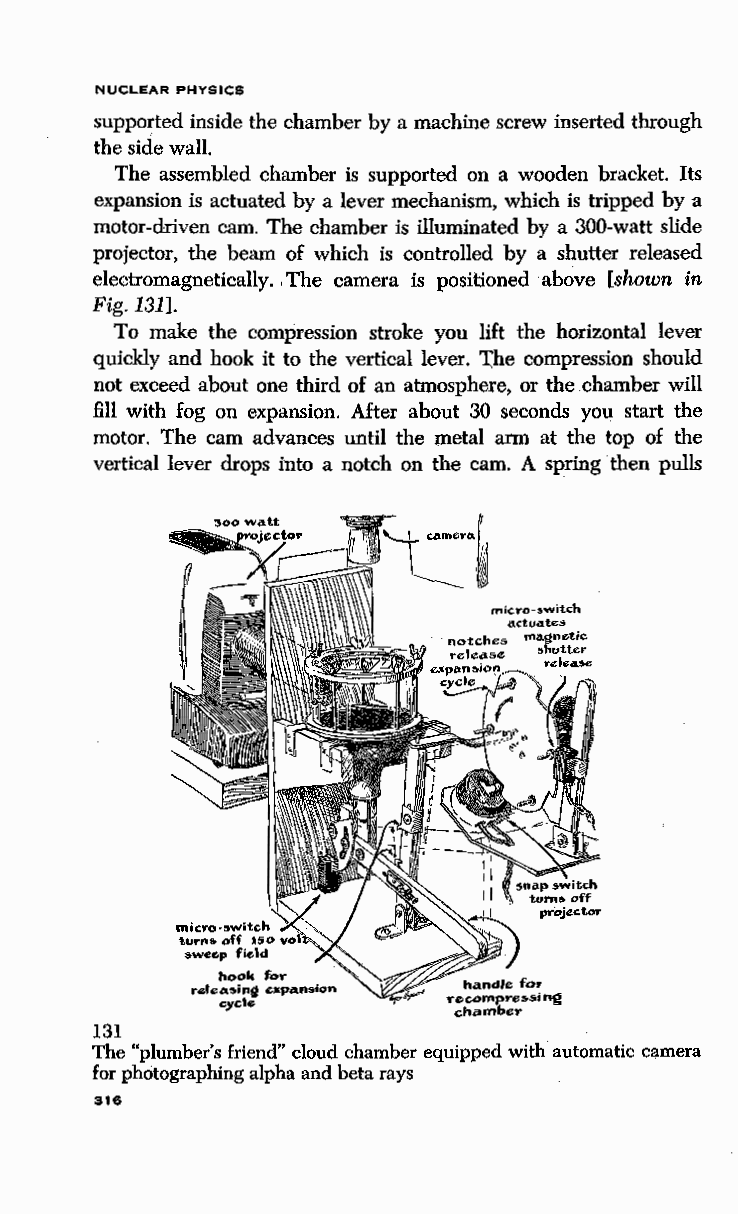
NUCLEAR PHYSICS
 supported inside the chamber by a machine screw inserted through
 the side wall.
 The assembled chamber is supported on a wooden bracket. Its
 expansion is actuated by a lever mechanism, which is tripped by a
 motor-driven cam. The chamber is illuminated by a 300-watt slide
 projector, the beam of which is controlled by a shutter released
 electromagnetically. ,T he camera is positioned above [shown in
 Fig.l31].
 To make the compression stroke you lift the horizontal lever
 quickly and hook it to the vertical lever. ':(he compression should
 not exceed about one third of an atmosphere, or the chamber will
 fill with fog on expansion. After about 30 seconds you start the
 motor. The cam advances until the metal arm at the top of the
 vertical lever drops into a notch on the cam. A spring then pulls
 micro-switch
 actua.te.5
 notches magnetic
 relea.se 5hutter
 .,~~•an:;oon.~- release
 mic:ro-&witc:.h
 t.urns. off 150
 sweep field
 hook for
 relea.sinQ expansion
 "ycle
 131
 The "plumber's friend" cloud chamber equipped with automatic camera
 for photographing alpha imd beta rays
 316